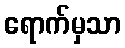
ရောက်မှသာ